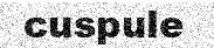
cuspule